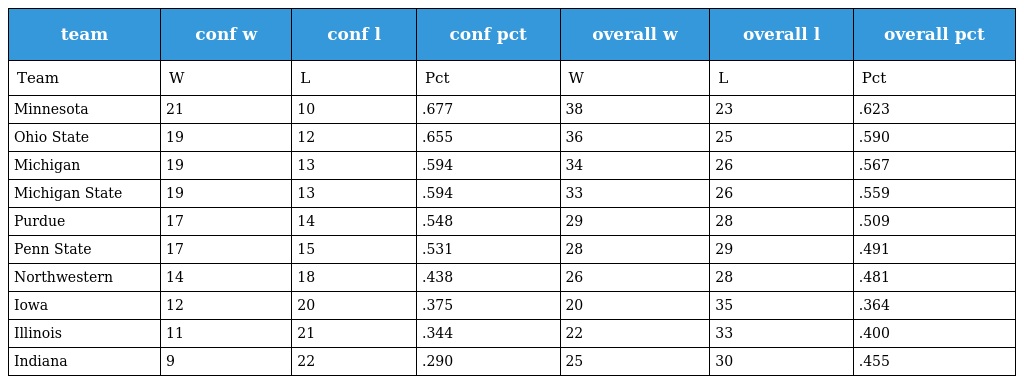
| team | conf w | conf l | conf pct | overall w | overall l | overall pct |
 | --- | --- | --- | --- | --- | --- | --- |
 | Team | W | L | Pct | W | L | Pct |
 | Minnesota | 21 | 10 | .677 | 38 | 23 | .623 |
 | Ohio State | 19 | 12 | .655 | 36 | 25 | .590 |
 | Michigan | 19 | 13 | .594 | 34 | 26 | .567 |
 | Michigan State | 19 | 13 | .594 | 33 | 26 | .559 |
 | Purdue | 17 | 14 | .548 | 29 | 28 | .509 |
 | Penn State | 17 | 15 | .531 | 28 | 29 | .491 |
 | Northwestern | 14 | 18 | .438 | 26 | 28 | .481 |
 | Iowa | 12 | 20 | .375 | 20 | 35 | .364 |
 | Illinois | 11 | 21 | .344 | 22 | 33 | .400 |
 | Indiana | 9 | 22 | .290 | 25 | 30 | .455 |